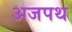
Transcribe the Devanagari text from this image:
अजपथ